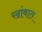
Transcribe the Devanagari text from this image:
खांबात